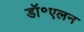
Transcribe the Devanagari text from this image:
डॉ॰एलन